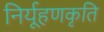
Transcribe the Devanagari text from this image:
निर्यूहणकृति